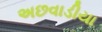
અછવાડીયા